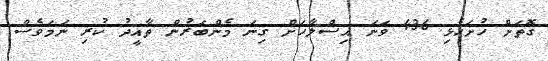
ގޮތަށް ހުށަހެޅި 436 ވަނަ އިސްލާހަށް ގިނަ މެންބަރުން ތާއީދު ކުރި ނަމަވެސް